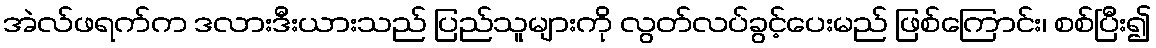
အဲလ်ဖရက်က ဒလားဒီးယားသည် ပြည်သူများကို လွတ်လပ်ခွင့်ပေးမည် ဖြစ်ကြောင်း၊ စစ်ပြီး၍